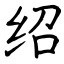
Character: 绍